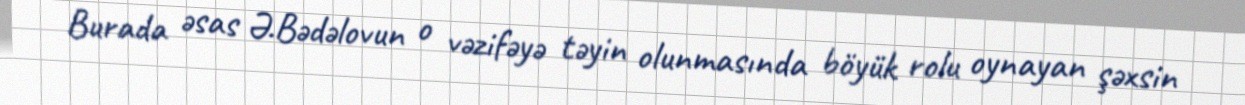
Burada əsas Ə.Bədəlovun o vəzifəyə təyin olunmasında böyük rolu oynayan şəxsin